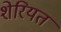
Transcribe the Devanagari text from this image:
शेरियत